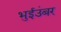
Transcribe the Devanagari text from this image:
भुईउंबर